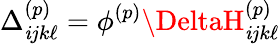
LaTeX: \Delta_{\mathit{i}jk\ell}^{(p)}=\phi^{(p)}\DeltaH_{\mathit{i}jk\ell}^{(p)}